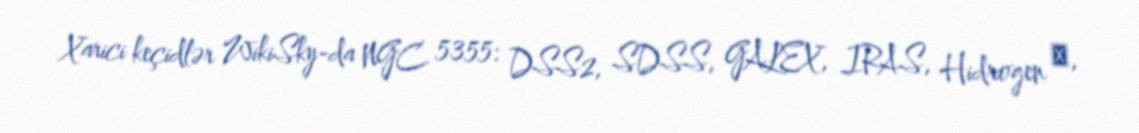
Xarici keçidlər WikiSky-da NGC 5355: DSS2, SDSS, GALEX, IRAS, Hidrogen α,